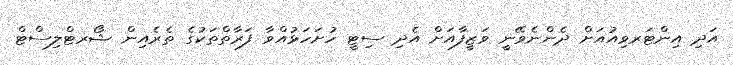
އަދި އިންޓަރވިއުއަށް ދެންނެވޭނީ ވަޒީފާއަށް އެދި ސިޓީ ހުށަހަޅުއްވާ ފަރާތްތަކުގެ ތެރެއިން ޝޯރޓްލިސްޓް